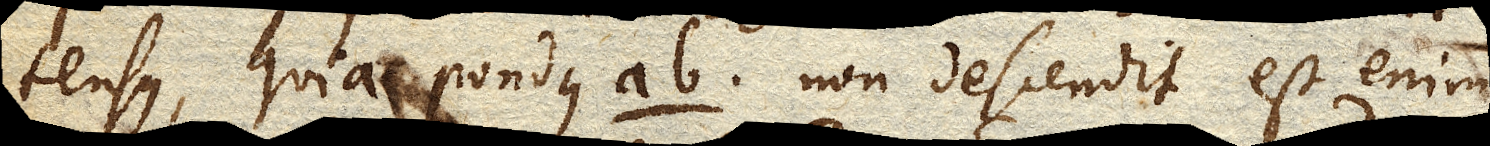
tensus, quia pondus ab non descendit est enim